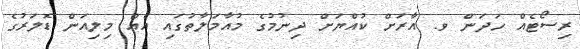
ރިސޯޓެއް ހަދަން ވ. އާރަށް ކުއްޔަށް ދިނުމުގެ މުއާމަލާތުގައި އެއް މިލިއަން ޑޮލަރުގެ